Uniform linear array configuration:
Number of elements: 48
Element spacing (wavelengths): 0.75
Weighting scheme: cosine
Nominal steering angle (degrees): -15
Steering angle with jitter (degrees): -13.403
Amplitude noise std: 0.05
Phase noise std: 0.05

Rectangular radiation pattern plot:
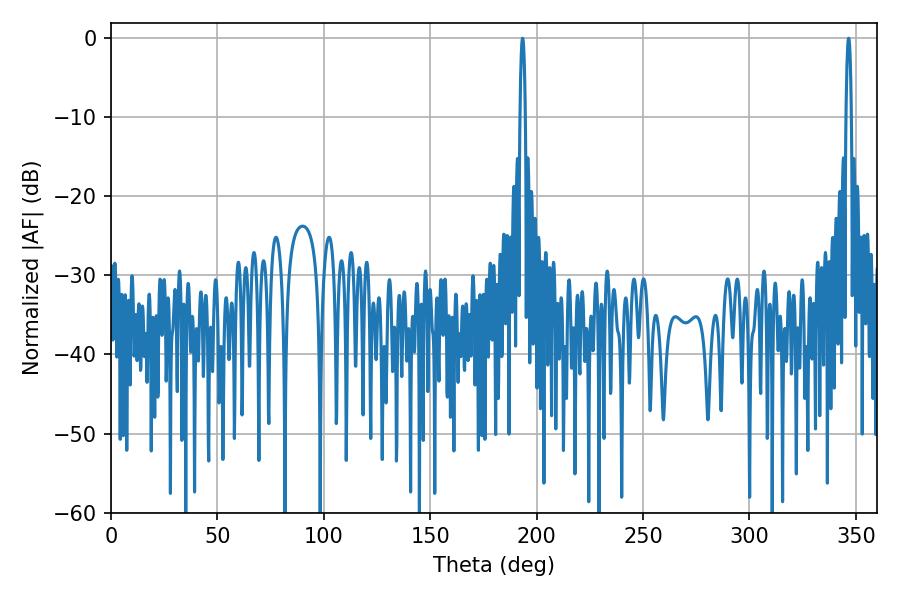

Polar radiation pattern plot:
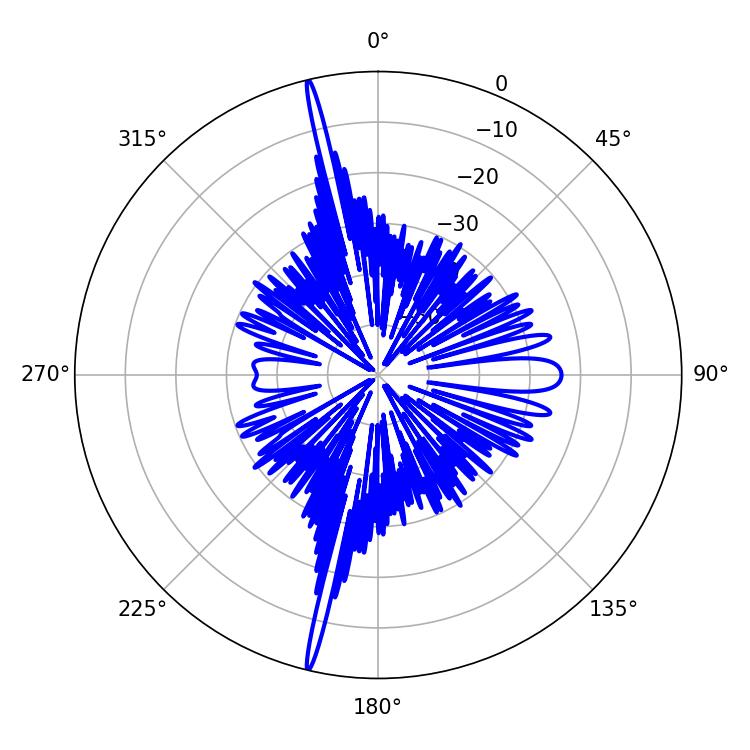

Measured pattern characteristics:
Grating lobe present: TRUE
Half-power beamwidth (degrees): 1.26
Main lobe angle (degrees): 193.32